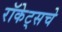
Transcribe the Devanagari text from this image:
रॉकेट्‌सचे